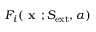
F _ { i } ( \textbf { x } ; S _ { \mathrm { e x t } } , \alpha )